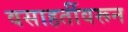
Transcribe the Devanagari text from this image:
वसाहतींवरून